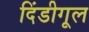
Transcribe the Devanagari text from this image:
दिंडीगूल